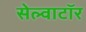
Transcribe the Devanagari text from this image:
सेल्वाटॉर